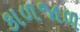
કાળજાળ